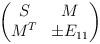
LaTeX: \begin{align*}\begin{pmatrix}S & M \\M^T & \pm E_{11}\end{pmatrix}\end{align*}